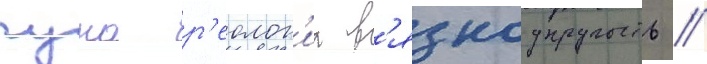
гука р'еолог'иа в'язкоупругость //